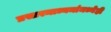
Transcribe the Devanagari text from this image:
प्रसारमाध्यमांमध्येही